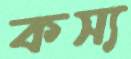
কস্য